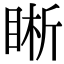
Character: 𥇦